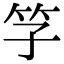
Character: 𥫞